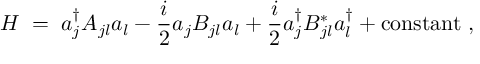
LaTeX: H \; = \; a _ { j } ^ { \dagger } A _ { j l } a _ { l } - \frac { i } { 2 } a _ { j } B _ { j l } a _ { l } + \frac { i } { 2 } a _ { j } ^ { \dagger } B _ { j l } ^ { * } a _ { l } ^ { \dagger } + \mathrm { c o n s t a n t } \; ,